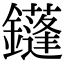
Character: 鑝